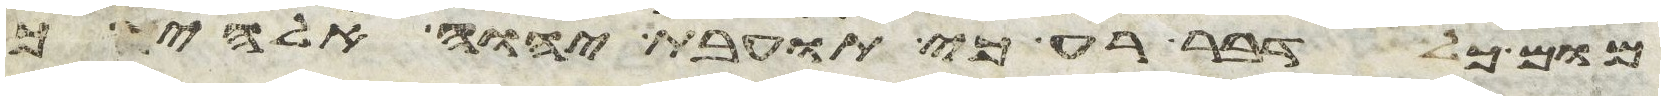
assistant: מום כל דבר רע כי תועבת יהוה אלהיך